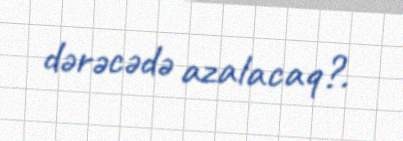
dərəcədə azalacaq?.